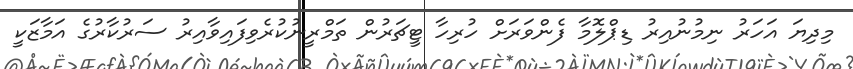
މިދިޔަ އަހަރު ނިމުނުއިރު ޑިޕްލޮމާ ފެންވަރަށް ހުރިހާ ޓީޗަރުން ތަމްރީނުކުރެވިފައިވާއިރު ސަރުކާރުގެ އަމާޒަކީ